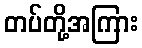
တပ်တို့အကြား